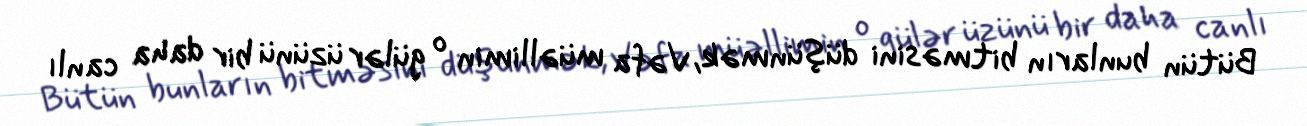
Bütün bunların bitməsini düşünmək, Vəfa müəllimin o gülər üzünü bir daha canlı